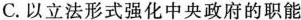
C.以立法形式强化中央政府的职能